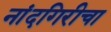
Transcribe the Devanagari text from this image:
नांदगिरीचा